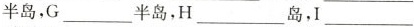
半岛，G______半岛，H_______岛，I______